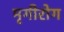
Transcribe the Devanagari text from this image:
मृगीरोग